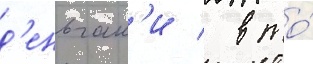
д'еньгам'и / в то́